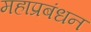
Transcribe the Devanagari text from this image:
महाप्रबंधन